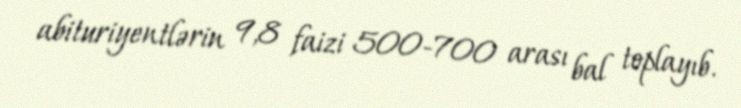
abituriyentlərin 9,8 faizi 500-700 arası bal toplayıb.